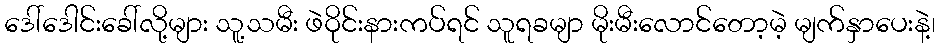
ဒေါ်ဒေါင်းခေါ်လို့များ သူ့သမီး ဖဲဝိုင်းနားကပ်ရင် သူရခမျာ မိုးမီးလောင်တော့မဲ့ မျက်နှာပေးနဲ့၊